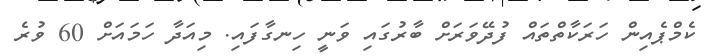
ކެމްޕެއިން ހަރަކާތްތައް ފުދޭވަރަށް ބާރުގައި ވަނީ ހިނގާފައި. މިއަދާ ހަމައަށް 60 ވުރެ